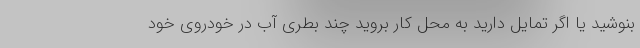
بنوشید یا اگر تمایل دارید به محل کار بروید چند بطری آب در خودروی خود